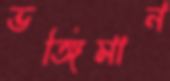
ভঙ্গিমান